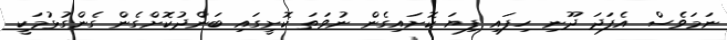
ނަމަވެސް އެފަދަ ދޫނި ހިފައި ފިޔަ ކޮށައިގެން ނުވަތަ ކޮށީގައި ބަންދުކޮށްގެން ގެންގުޅުމަކީ